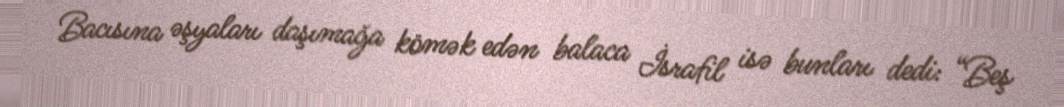
Bacısına əşyaları daşımağa kömək edən balaca İsrafil isə bunları dedi: “Beş